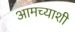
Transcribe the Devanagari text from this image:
आमच्याशी